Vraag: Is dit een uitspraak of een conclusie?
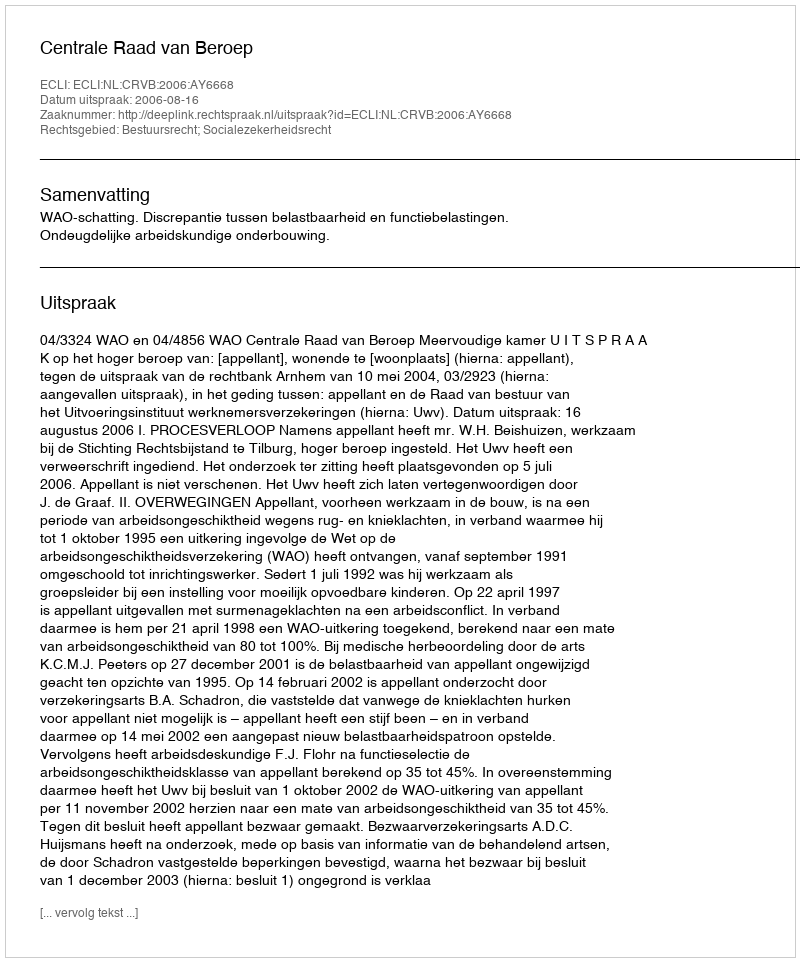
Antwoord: Uitspraak